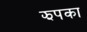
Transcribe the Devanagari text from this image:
झपका